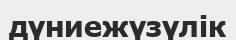
дүниежүзүлік